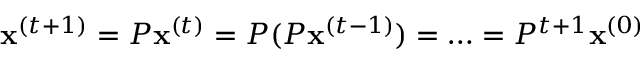
\mathbf { x } ^ { ( t + 1 ) } = P \mathbf { x } ^ { ( t ) } = P ( P \mathbf { x } ^ { ( t - 1 ) } ) = \ldots = P ^ { t + 1 } \mathbf { x } ^ { ( 0 ) }